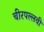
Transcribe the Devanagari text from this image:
चीरपल्लवी